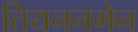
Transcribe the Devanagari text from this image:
तियननमेन